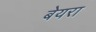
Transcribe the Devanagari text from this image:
बेयरा